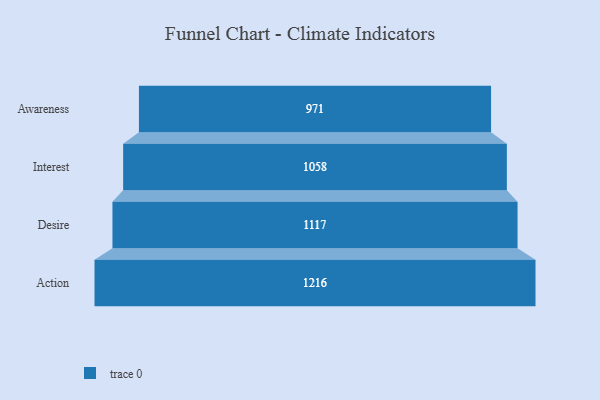
{"axis": {"x": "Stage", "y": "Value"}, "legend": [""], "data": [{"x": "Awareness", "y": 971.0, "type": ""}, {"x": "Interest", "y": 1058.0, "type": ""}, {"x": "Desire", "y": 1117.0, "type": ""}, {"x": "Action", "y": 1216.0, "type": ""}]}